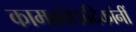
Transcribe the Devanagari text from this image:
कामक्रोधादिकांनीं